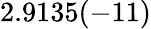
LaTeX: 2.9135(-11)